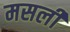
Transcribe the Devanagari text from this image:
मसली